Report of the Indian Hemp Drugs Commission, 1894-1895 - Volume VI
Year: 1894
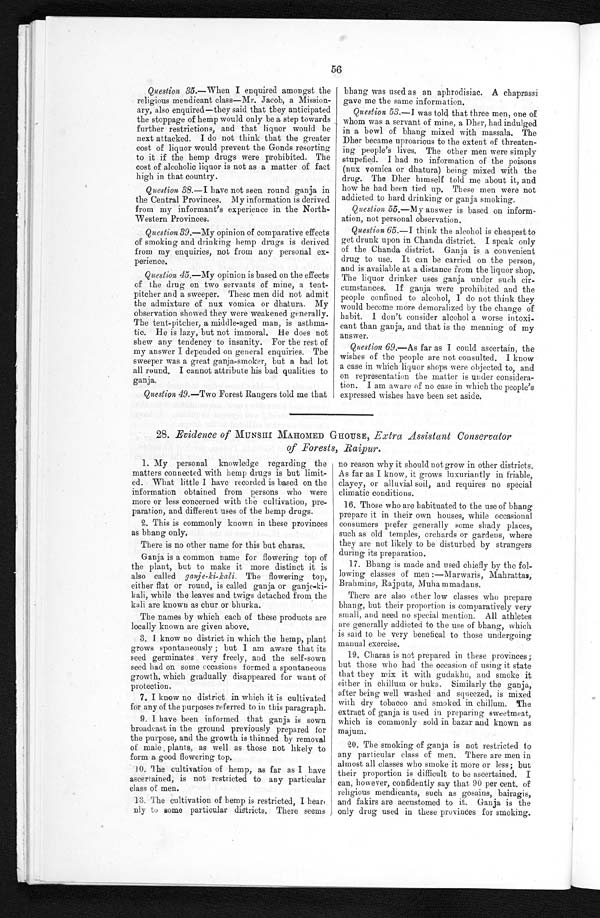
56
Question 35 .—When I enquired amongst the
religious mendicant class—Mr. Jacob, a Mission-
ary, also enquired—they said that they anticipated
the stoppage of hemp would only be a step towards
further restrictions, and that liquor would be
next attacked. I do not think that the greater
cost of liquor would prevent the Gonds resorting
to it if the hemp drugs were prohibited. The
cost of alcoholic liquor is not as a matter of fact
high in that country.
Question 38.— I have not seen round ganja in
the Central Provinces. My information is derived
from my informant's experience in the North-
Western Provinces.
Question 39 .—My opinion of comparative effects
of smoking and drinking hemp drugs is derived
from my enquiries, not from any personal ex-
perience.
Question 45.—My opinion is based on the effects
of the drug on two servants of mine, a tent
¬ p i t c h e r a n d a s w e e p e r . T h e s e m e n d i d n o t a d m i t
the admixture of nux vomica, or dhatura. My
observation showed they were weakened generally.
The tent-pitcher, a middle-aged man, is asthma-
tic. He is lazy, but not immoral. He does not
shew any tendency to insanity. For the rest of
my answer I depended on general enquiries. The
sweeper was a great ganja-smoker, but a bad lot
all round. I cannot attribute his bad qualities to
ganja.
Question, 49.—Two Forest Rangers told me that bhang was used as an aphrodisiac.
A chaprassi
gave me the same information.
Question 53 .—I was told that three men, one of
whom was a servant of mine, a Dher, had indulged
in a bowl of bhang mixed with massala. The
Dher became uproarious to the extent of threaten-
ing people's lives. The other men were simply
stupefied. I had no information of the poisons
(nux vomica or dhatura) being mixed with the
drug. The Dher himself told me about it, and
how he bad been tied up. These men were not
addicted to bard drinking or ganja smoking.
Question 55 .—My answer is based on inform-
ation, not personal observation.
Question 65 .—I think the alcohol is cheapest to
get drunk upon in Chanda district. I speak only
of the Chanda district. Ganja is a convenient
drug to use. It can be carried on the person,
and is available at a distance from the liquor shop.
The liquor drinker uses ganja under such cir-
cumstances. If ganja were prohibited and the
people confined to alcohol, I do not think they
would become more demoralized by the change of
habit. I don't consider alcohol a worse intoxi-
cant than ganja, and that is the meaning of my
answer.
Question 69 .—As far as I could ascertain, the
wishes of the people are not consulted. I know
a case in which liquor shops were objected to, and
on representation the matter is under considera-
tion. I am aware of no case in which the people's
expressed wishes have been set aside.
28. Evidence of MUNSHI MAHOMED GHOUSE, Extra Assistant Conservator
of Forests, Raipur.
1. My personal knowledge regarding the
matters connected with hemp drugs is but limit-
ed. What little I have recorded is based on the
information obtained from persons who were
more or less concerned with the cultivation, pre-
paration, and different uses of the hemp drugs.
2. This is commonly known in these provinces
as bhang only.
There is no other name for this but charas.
Ganja is a common name for flowering top of
the plant, but to make it more distinct it is
also called ganje-ki-kali.T h e f l o w e r i n g t o p ,
either flat or round, is called ganja or ganje-ki-
kali, while the leaves and twigs detached from the
kali are known as chur or bhurka.
The names by which each of these products are
locally known are given above.
3. I know no district in which the hemp, plant
grows spontaneously ; but I am aware that its
seed germinates very freely, and the self-sown
seed had on some occasions formed a spontaneous
growth, which gradually disappeared for want of
protection.
7. I know no district in which it is cultivated
for any of the purposes referred to in this paragraph.
9. I have been informed that ganja is sown
broadcast in the ground previously prepared for
the purpose, and the growth is thinned by removal
of male plants, as well as those not likely to
form a good flowering top.
10. The cultivation of hemp, as far as I have
ascertained, is not restricted to any particular
class of men.
13. The cultivation of hemp is restricted, I hear,
nly to some particular districts. There seems
no reason why it should not grow in other districts.
As far as I know, it grows luxuriantly in friable,
clayey, or alluvial soil, and requires no special
climatic conditions.
16. Those who are habituated to the use of bhang
prepare it in their own houses, while occasional
consumers prefer generally some shady places,
such as old temples, orchards or gardens, where
they are not likely to be disturbed by strangers
during its preparation.
1 7 . B h a n g i s m a d e a n d u s e d c h i e f l y b y t h e f o l
-lowing classes of men :—Marwaris, Mahrattas,
Brahmins, Rajputs, Muhammadans.
There are also other low classes who prepare
bhang, but their proportion is comparatively very
small, and need no special mention. All athletes
are generally addicted to the use of bhang, which
is said to be very benefical to those undergoing
manual exercise.
19.
Charas is not prepared in these provinces ;
but those who had the occasion of using it state
that they mix it with gudakhu, and smoke it
either in chillum or huka. Similarly the ganja,
after being well washed and squeezed, is mixed
with dry tobacco and smoked in chillum. The
extract of ganja, is used in preparing sweetmeat,
which is commonly sold in bazar and known as
majum.
20. The smoking of ganja is not restricted to
any particular class of men. There are men in
almost all classes who smoke it more or less ; but
their proportion is difficult to be ascertained. I
can, however, confidently say that 90 per cent. of
religious mendicants, such as gosains, bairagis,
and fakirs are accustomed to it. Ganja is the
only drug used in these provinces for smoking.